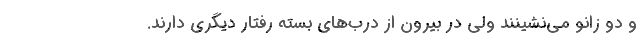
و دو زانو می‌نشینند ولی در بیرون از درب‌های بسته رفتار دیگری دارند.